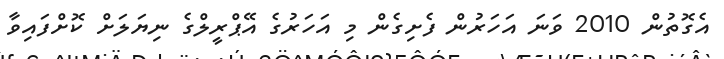
އެގޮތުން 2010 ވަނަ އަހަރުން ފެށިގެން މި އަހަރުގެ އޭޕްރީލްގެ ނިޔަލަށް ކޮށްފައިވާ